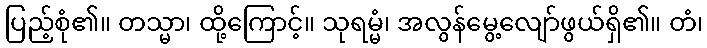
ပြည့်စုံ၏။ တသ္မာ၊ ထို့ကြောင့်။ သုရမ္မံ၊ အလွန်မွေ့လျော်ဖွယ်ရှိ၏။ တံ၊